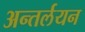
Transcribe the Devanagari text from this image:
अन्तर्लयन